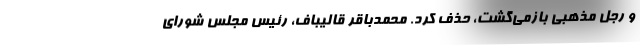
و رجل مذهبی باز‌می‌گشت، حذف کرد. محمدباقر قالیباف، رئیس مجلس شورای